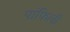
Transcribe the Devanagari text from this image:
पांफिली